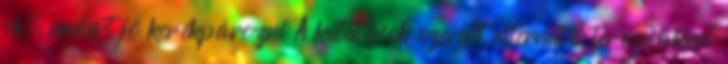
ok, amiért jó kerékpározni A kutatások szerint alternatív terápiákkal